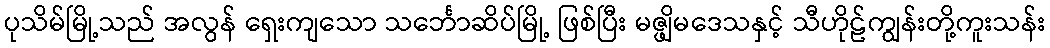
ပုသိမ်မြို့သည် အလွန် ရှေးကျသော သင်္ဘောဆိပ်မြို့ ဖြစ်ပြီး မဇ္ဖျိမဒေသနှင့် သီဟိုဠ်ကျွန်းတို့ကူးသန်း